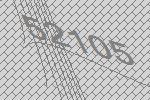
52105